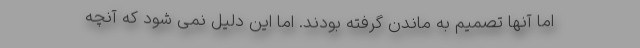
اما آنها تصمیم به ماندن گرفته بودند. اما این دلیل نمی شود که آنچه